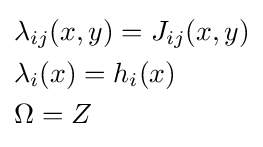
{\begin{aligned}&\lambda _{ij}(x,y)=J_{ij}(x,y)\\&\lambda _{i}(x)=h_{i}(x)\\&\Omega =Z\\\end{aligned}}